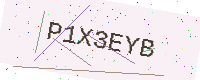
Text: P1X3EYB